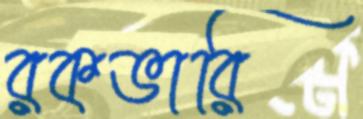
রকভারি